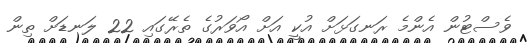
ވެސްޓުން އެންމެ ރަނގަޅަށް އުކީ އަށް އޯވަރުގެ ތެރޭގައި 22 ލަނޑަށް ތިން